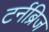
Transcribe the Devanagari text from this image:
टर्नब्रिज